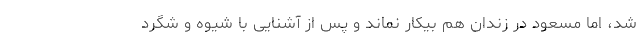
شد، اما مسعود در زندان هم بیکار نماند و پس از آشنایی با شیوه و شگرد